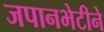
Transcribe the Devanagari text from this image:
जपानभेटीने